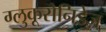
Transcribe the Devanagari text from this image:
ग्लुकूरोनिडेज़